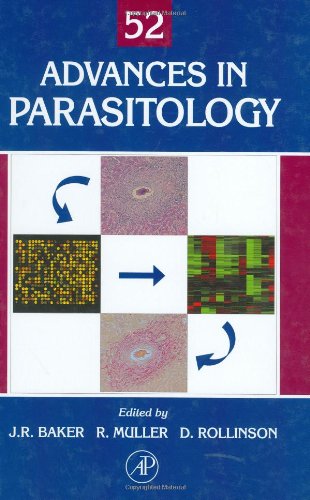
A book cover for Advances in Parasitology, Vol. 52; Medical Books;